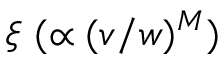
\xi ~ ( \propto ( v / w ) ^ { M } )